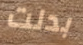
بدلت